Civil Veterinary Dept. North-West Frontier Province 1923-32 - 1923-1932
Year: 1923
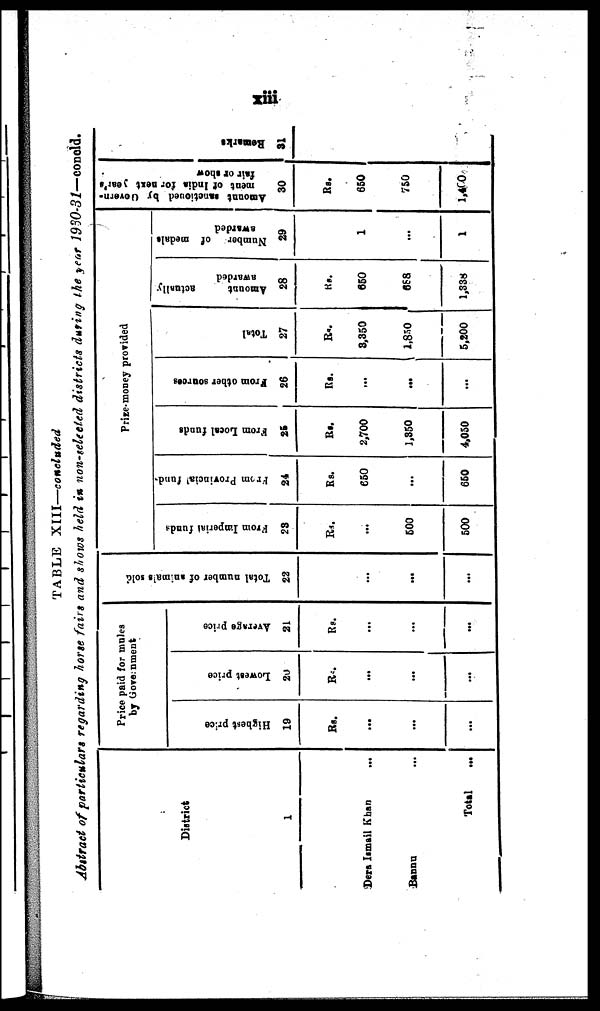
xiii
TABLE XIII—concluded
Abstract of particulars regarding horse fairs and shows held in non-selected districts during the year 1930-31—concld.
District
1
Dera Ismail Khan
...
Bannu ...
Total ...
Price paid for mules
by Government
Highest price
19
Rs.
...
...
...
Lowest price
20
Rs.
...
...
...
Average price
21
Rs.
...
...
...
Tot al number of animals sold
22
...
...
...
Prize-money provided
From Imperial funds
23
Rs.
...
500
500
From Provincial funds
24
Rs.
650
...
650
From Local funds
25
Rs.
2,700
1,350
4,050
From other sources
26
Rs.
...
...
...
Total
27
Rs.
8,350
1,850
5,200
Amount
actually
awarded
28
Rs.
650
688
1,338
Number
of medals
awarded
29
1
...
1
Amount sanctioned by Govern-
ment of India for next year's
fair or show
30
Rs.
650
750
1,400
Remarks
31